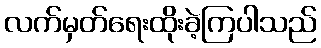
လက်မှတ်ရေးထိုးခဲ့ကြပါသည်